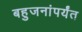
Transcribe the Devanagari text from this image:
बहुजनांपर्यंत